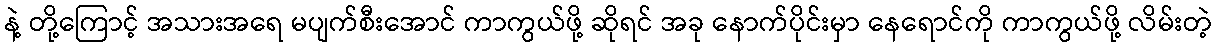
နဲ့ တို့ကြောင့် အသားအရေ မပျက်စီးအောင် ကာကွယ်ဖို့ ဆိုရင် အခု နောက်ပိုင်းမှာ နေရောင်ကို ကာကွယ်ဖို့ လိမ်းတဲ့